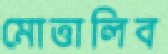
মোত্তালিব